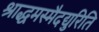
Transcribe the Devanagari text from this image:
श्राद्धमस्मैदद्युरिति